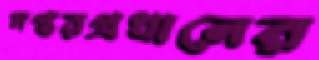
দপ্তরপ্রধানের